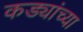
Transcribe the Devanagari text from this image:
कड्यांच्या